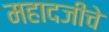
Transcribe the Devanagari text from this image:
महादजीचे